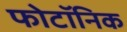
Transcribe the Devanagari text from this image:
फोटॉनिक